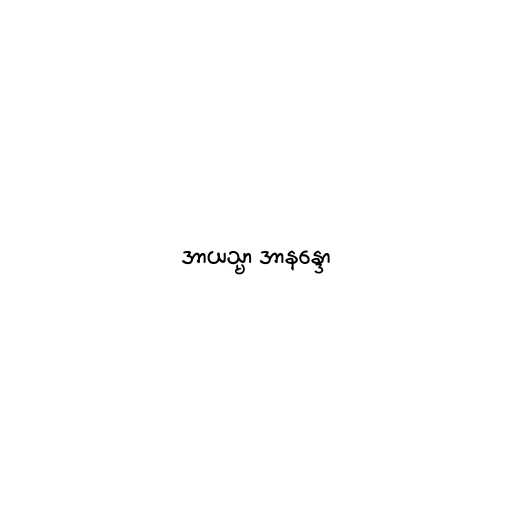
အာယသ္မာ အာနန္ဒော